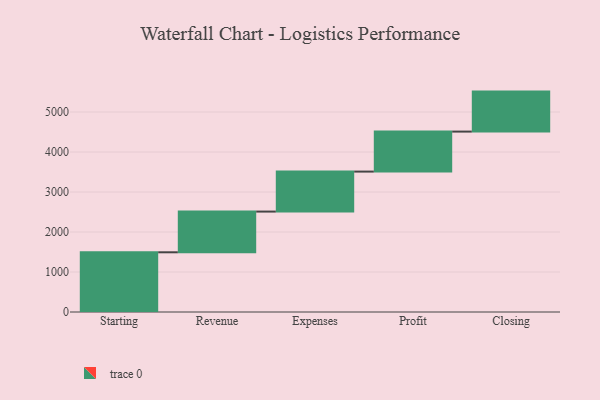
{"axis": {"x": "Step", "y": "Value"}, "legend": [""], "data": [{"x": "Starting", "y": 1493.0, "type": ""}, {"x": "Revenue", "y": 1018.0, "type": ""}, {"x": "Expenses", "y": 1000, "type": ""}, {"x": "Profit", "y": 1000, "type": ""}, {"x": "Closing", "y": 1000, "type": ""}]}